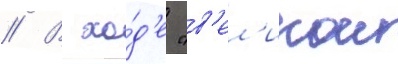
// В хо́д'е "в'ел'икои